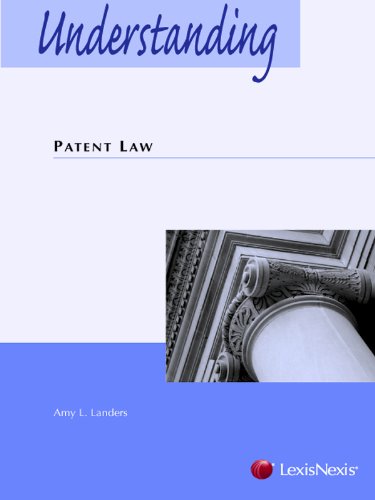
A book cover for Understanding Patent Law; Amy L. Landers; Law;